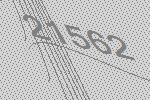
21562